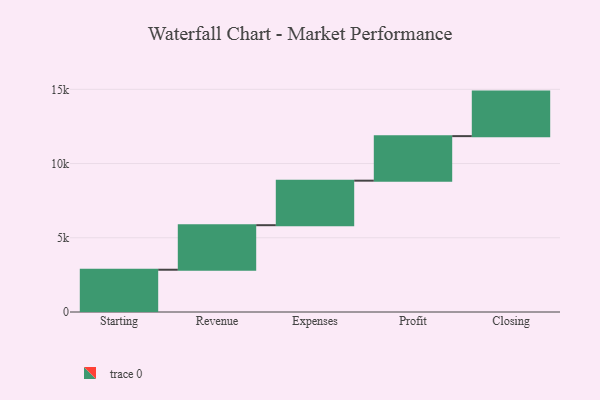
{"axis": {"x": "Step", "y": "Value"}, "legend": [""], "data": [{"x": "Starting", "y": 2848.0, "type": ""}, {"x": "Revenue", "y": 3000, "type": ""}, {"x": "Expenses", "y": 3000, "type": ""}, {"x": "Profit", "y": 3000, "type": ""}, {"x": "Closing", "y": 3000, "type": ""}]}